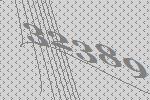
32389